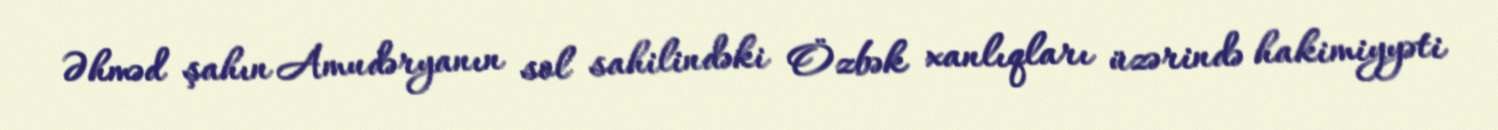
Əhməd şahın Amudəryanın sol sahilindəki Özbək xanlıqları üzərində hakimiyyəti